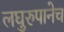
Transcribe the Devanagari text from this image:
लघुरुपानेच